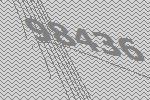
98436